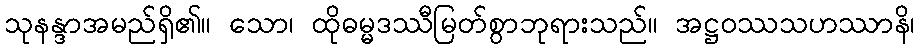
သုနန္ဒာအမည်ရှိ၏။ သော၊ ထိုဓမ္မဒဿီမြတ်စွာဘုရားသည်။ အဋ္ဌဝဿသဟဿာနိ၊